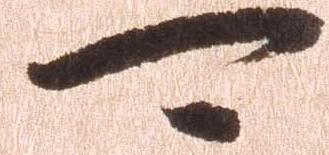
可